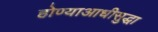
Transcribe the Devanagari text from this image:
होण्याआधीसुद्धा